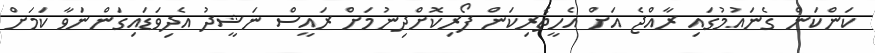
ކަންކަން ގެނައުމުގައި ރާއްޖެ އަށް އެހީތެރިކަން ފޯރިކޮށްދިނުމަށް ރައީސް ނަޝީދު އެދިވަޑައިގަންނަވާ ކަމަށް